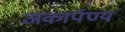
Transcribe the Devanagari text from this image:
अकार्पण्य